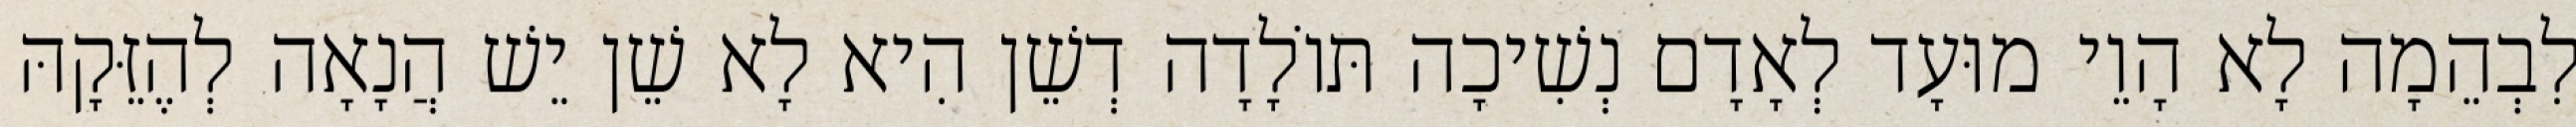
לִבְהֵמָה לָא הָוֵי מוּעָד לְאָדָם נְשִׁיכָה תּוֹלָדָה דְשֵׁן הִיא לָא שֵׁן יֵשׁ הֲנָאָה לְהֶזֵּקָהּ